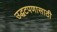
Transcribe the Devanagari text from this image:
उद्धटपणासाठी